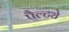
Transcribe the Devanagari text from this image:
पैल्ट्ये